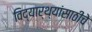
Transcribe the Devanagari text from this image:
विद्यार्थ्यांसाठीचे